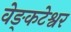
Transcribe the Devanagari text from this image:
वेङ्कटेश्वर